Account of plague administration in the Bombay Presidency from September 1896 till May 1897
Year: 1896
Disease focus: Plague
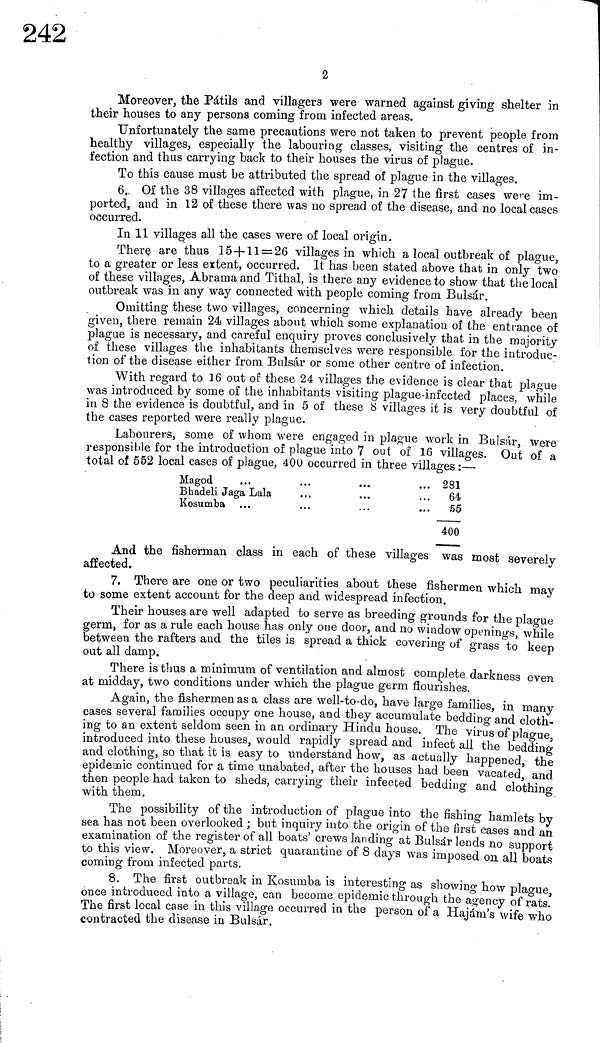
2
Moreover, the Pátils and villagers were warned against giving shelter in
their houses to any persons coming from infected areas.
Unfortunately the same precautions were not taken to prevent people from
healthy villages, especially the labouring classes, visiting the centres of in-
fection and thus carrying back to their houses the virus of plague.
To this cause must be attributed the spread of plague in the villages.
6, Of the 38 villages affected with plague, in 27 the first cases were im-
ported, and in 12 of these there was no spread of the disease, and no local cases
occurred.
In 11 villages all the cases were of local origin.
There are thus 15 + 11 = 26 villages in which a local outbreak of plague,
to a greater or less extent, occurred. It has been stated above that in only two
of these villages, Abrama and Tithal, is there any evidence to show that the local
outbreak was in any way connected with people coming from Bulsár.
Omitting these two villages, concerning which details have already been
given, there remain 24 villages about which some explanation of the entrance of
plague is necessary, and careful enquiry proves conclusively that in the majority
of these villages the inhabitants themselves were responsible for the introduc-
tion of the disease either from Bulsár or some other centre of infection.
With regard to 16 out of these 24 villages the evidence is clear that plague
was introduced by some of the inhabitants visiting plague-infected places, while
in 8 the evidence is doubtful, and in 5 of these 8 villages it is very doubtful of
the cases reported were really plague.
Labourers, some of whom were engaged in plague work in Bulsár, were
responsible for the introduction of plague into 7 out of 16 villages. Out of a
total of 552 local cases of plague, 400 occurred in three villages :—
Magod
Bhadeli Jaga Lala
Kosumba
...
...
...
...
281
64
55
400
And the fisherman class in each of these villages was most severely
affected.
7. There are one or two peculiarities about these fishermen which may
to some extent account for the deep and widespread infection.
Their houses are well adapted to serve as breeding grounds for the plague
germ, for as a rule each house has only one door, and no window openings, while
between the rafters and the tiles is spread a thick covering of grass to keep
out all damp.
There is thus a minimum of ventilation and almost complete darkness even
at midday, two conditions under which the plague germ flourishes.
Again, the fishermen as a class are well-to-do, have large families, in many
cases several families occupy one house, and they accumulate bedding and cloth-
ing to an extent seldom seen in an ordinary Hindu house. The virus of plague
introduced into these houses, would rapidly spread and infect all the bedding
and clothing, so that it is easy to understand how, as actually happened, the
epidemic continued for a time unabated, after the houses had been vacated and
then people had taken to sheds, carrying their infected bedding and clothing
with them.
The possibility of the introduction of plague into the fishing hamlets by
sea has not been overlooked ; but inquiry into the origin of the first cases and an
examination of the register of all boats' crews landing at Bulsár lends no support
to this view. Moreover, a strict quarantine of 8 days was imposed on all boats
coming from infected parts.
8. The first outbreak in Kosumba is interesting as showing how plague
once introduced into a village, can become epidemic through the agency of rats'
The first local case in this village occurred in the person of a Hajám's wife who
contracted the disease in Bulsár.